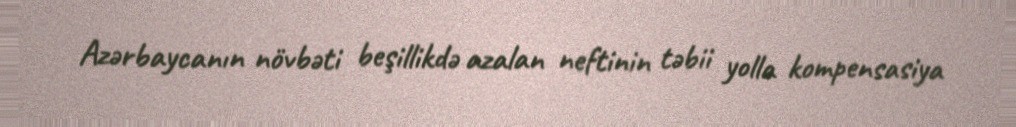
Azərbaycanın növbəti beşillikdə azalan neftinin təbii yolla kompensasiya